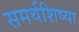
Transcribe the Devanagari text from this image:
समर्थशिष्या